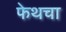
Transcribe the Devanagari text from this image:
फेथचा